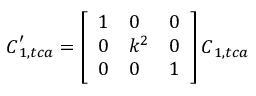
\boldsymbol { C } _ { 1 , t c a } ^ { \prime } = \ensuremath { \left[ \begin{array} { l l l } { 1 } & { 0 } & { 0 } \\ { 0 } & { k ^ { 2 } } & { 0 } \\ { 0 } & { 0 } & { 1 } \end{array} \right] } \boldsymbol { C } _ { 1 , t c a }